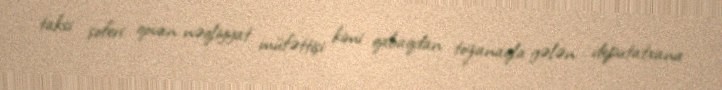
taksi şoferi qovan nəqliyyat müfəttişi kimi qabaqdan tozanaqla gələn deputatxana